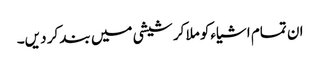
ان تمام اشیاءکو ملا کر شیشی میں بند کر دیں۔